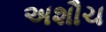
અશૌચ